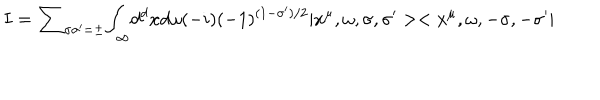
I = { \sum } _ { { \sigma } { \sigma } ^ { \prime } = { \pm } } { \int } _ { \infty } d ^ { d } x d { \omega } ( - i ) ( - 1 ) ^ { ( 1 - { \sigma } ^ { \prime } ) / 2 } | x ^ { \mu } , { \omega } , { \sigma } , { \sigma ^ { \prime } } > < x ^ { \mu } , { \omega } , { - \sigma } , { - \sigma ^ { \prime } } |